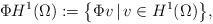
LaTeX: \begin{align*}\Phi H^{1}(\Omega) := \big\{ \Phi v \, | \, v \in H^{1}(\Omega) \big\}, \end{align*}